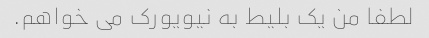
لطفا من یک بلیط به نیویورک می خواهم.